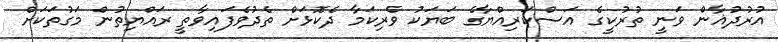
އުރުދުޣާން ވަނީ ތުރުކީގެ އަސްކަރިއްޔާގެ ބަޔަކު ވެރިކަމާ ދެކޮޅަށް ތެދުވެފައިވާތީ ރައްޔިތުން މަގުތަކަށް